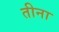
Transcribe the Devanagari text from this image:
तीना